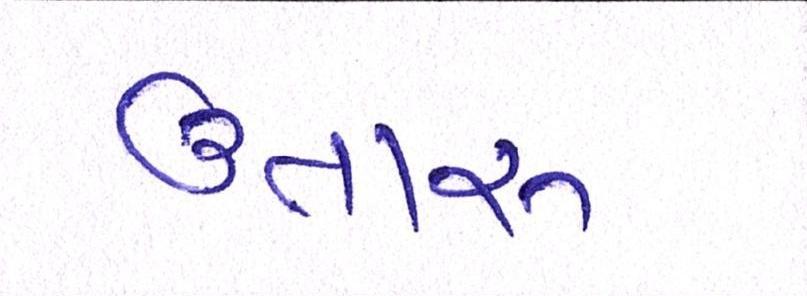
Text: ઉતારુ